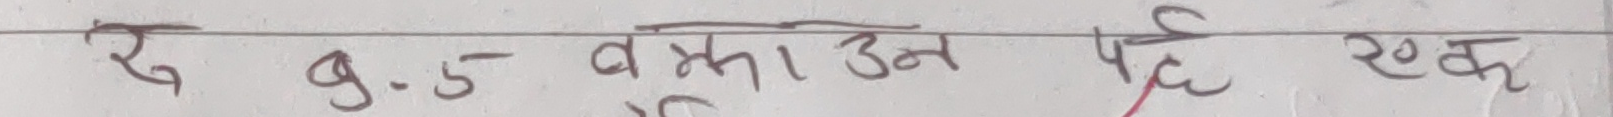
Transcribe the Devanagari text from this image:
रु 9.5 वक्ताउन पर्छ सक्छ